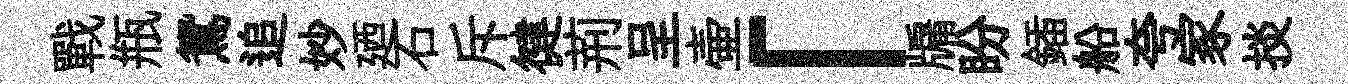
戰瓶鴛追妙廼石斥徤荊呈壷「牖盼鍤船夸冢掞